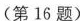
(第16题）